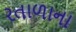
રતાળાના